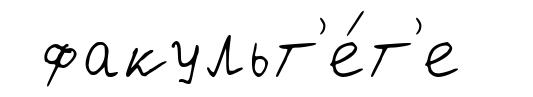
факульт'е́т'е